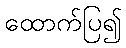
ထောက်ပြ၍